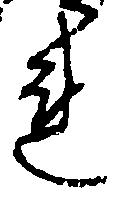
れ